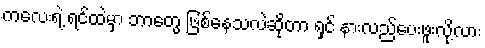
ကလေးရဲ့ ရင်ထဲမှာ ဘာတွေ ဖြစ်နေသလဲဆိုတာ ရှင် နားလည်ပေးဖူးလို့လား